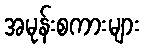
အမုန်းစကားများ